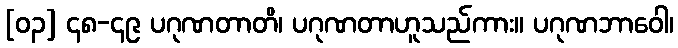
[၀၃] ၄၈-၄၉ ပဂုဏတာတိ၊ ပဂုဏတာဟူသည်ကား။ ပဂုဏဘာဝေါ၊